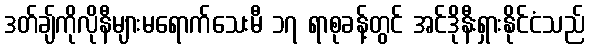
ဒတ်ချ်ကိုလိုနီများမရောက်သေးမီ ၁၇ ရာစုခန့်တွင် အင်ဒိုနီးရှားနိုင်ငံသည်